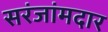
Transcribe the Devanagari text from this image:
सरंजांमदार